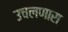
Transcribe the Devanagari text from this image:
उचलणारा